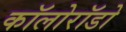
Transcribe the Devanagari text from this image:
कॉलोरॉडो